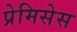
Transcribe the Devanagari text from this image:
प्रेमिसेस